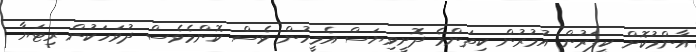
އާންމުކޮށް ކީޕަރުން އުމުރުން ކިތަންމެ ދޮށީވިޔަސް އެމީހުން ވެސް ކޮންމެވެސް ދުވަހަކުން ރިޓަޔާ